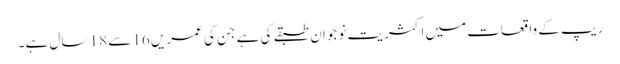
ریپ کے واقعات میں اکثریت نوجوان طبقے کی ہے جن کی عمریں 16 سے 18 سال ہے۔